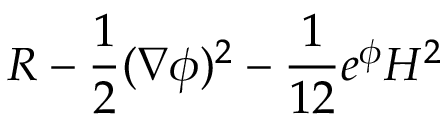
R - { \frac { 1 } { 2 } } ( \nabla \phi ) ^ { 2 } - { \frac { 1 } { 1 2 } } e ^ { \phi } H ^ { 2 }